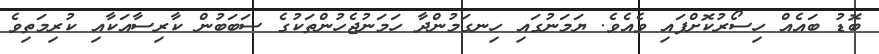
ބޮޑު ބައެއް ހިސޯރުކޮށްފައި ވެއެވެ. ޔަމަނުގައި ހިނގަމުންދާ ހަމަނުޖެހުންތަކުގެ ސަބަބުން ކާރިސާއަކާއި ކުރިމަތިވެ